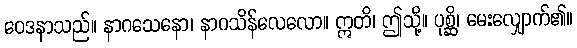
ဝေဒနာသည်။ နာဂသေနော၊ နာဂသိန်လေလော။ ဣတိ၊ ဤသို့။ ပုစ္ဆိ၊ မေးလျှောက်၏။